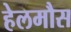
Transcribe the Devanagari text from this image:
हेलमौस